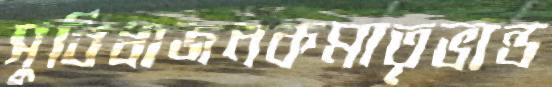
সুবিধাজনকমাতৃভান্ড